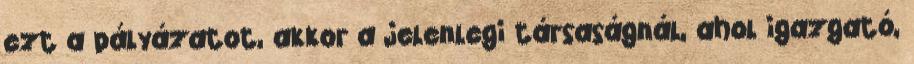
ezt a pályázatot, akkor a jelenlegi társaságnál, ahol igazgató,